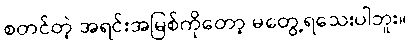
စတင်တဲ့ အရင်းအမြစ်ကိုတော့ မတွေ့ရသေးပါဘူး။